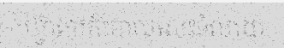
ហ្វ៊ាកៅក៏បោលសេះទំលាយ